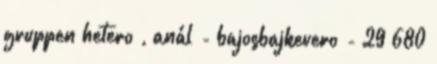
gruppen hetero , anál - bajosbajkevero - 29 680